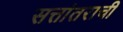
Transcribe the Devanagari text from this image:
सत्तांतराची